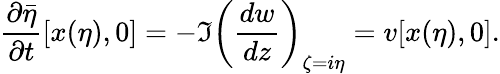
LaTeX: \frac{\partial\bar{\eta}}{\partial t}[x(\eta),0]=-\Im\left(\frac{dw}{dz}\right)_{\zeta=i\eta}=v[x(\eta),0].